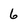
Character: 6